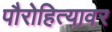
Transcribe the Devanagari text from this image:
पौरोहित्यावर